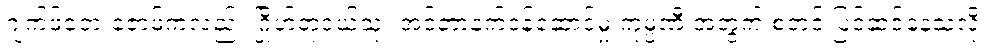
ဂျက်ဖ်ဘေးဇော့ဖ်ကလည်း ဂြိုဟ်တုငယ်သုံး အင်တာနက်ဝန်ဆောင်မှု ကုမ္ပဏီ အတွက် စတင် ပြင်ဆင်နေသလို